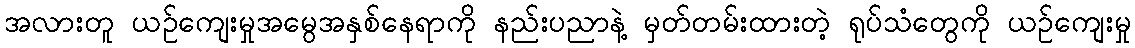
အလားတူ ယဉ်ကျေးမှုအမွေအနှစ်နေရာကို နည်းပညာနဲ့ မှတ်တမ်းထားတဲ့ ရုပ်သံတွေကို ယဉ်ကျေးမှု